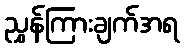
ညွှန်ကြားချက်အရ